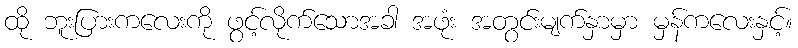
ထို ဘူးပြားကလေးကို ဖွင့်လိုက်သောအခါ အဖုံး အတွင်းမျက်နှာမှာ မှန်ကလေးနှင့်။